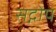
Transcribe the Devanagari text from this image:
सद्गोप